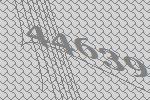
44639